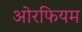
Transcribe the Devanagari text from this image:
ओरफियम